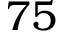
7 5